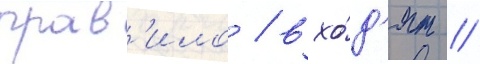
прав'ило / вхо́д'ят //